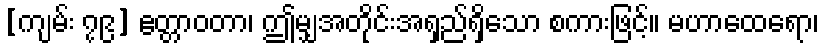
[ကျမ်း ၇၉] ဧတ္တာဝတာ၊ ဤမျှအတိုင်းအရှည်ရှိသော စကားဖြင့်။ မဟာထေရော၊